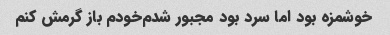
خوشمزه بود اما سرد بود مجبور شدم‌خودم باز گرمش کنم